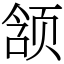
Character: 颔